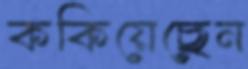
ককিয়েছেন